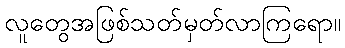
လူတွေအဖြစ်သတ်မှတ်လာကြရော။